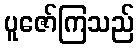
ပူဇော်ကြသည်